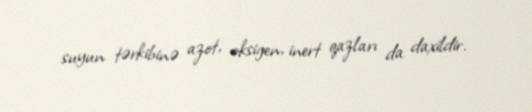
suyun tərkibinə azot, oksigen, inert qazları da daxildir.